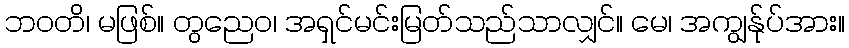
ဘဝတိ၊ မဖြစ်။ တွညေဝ၊ အရှင်မင်းမြတ်သည်သာလျှင်။ မေ၊ အကျွန်ုပ်အား။